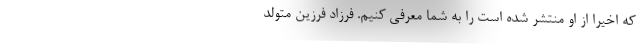
که اخیرا از او منتشر شده است را به شما معرفی کنیم. فرزاد فرزین متولد